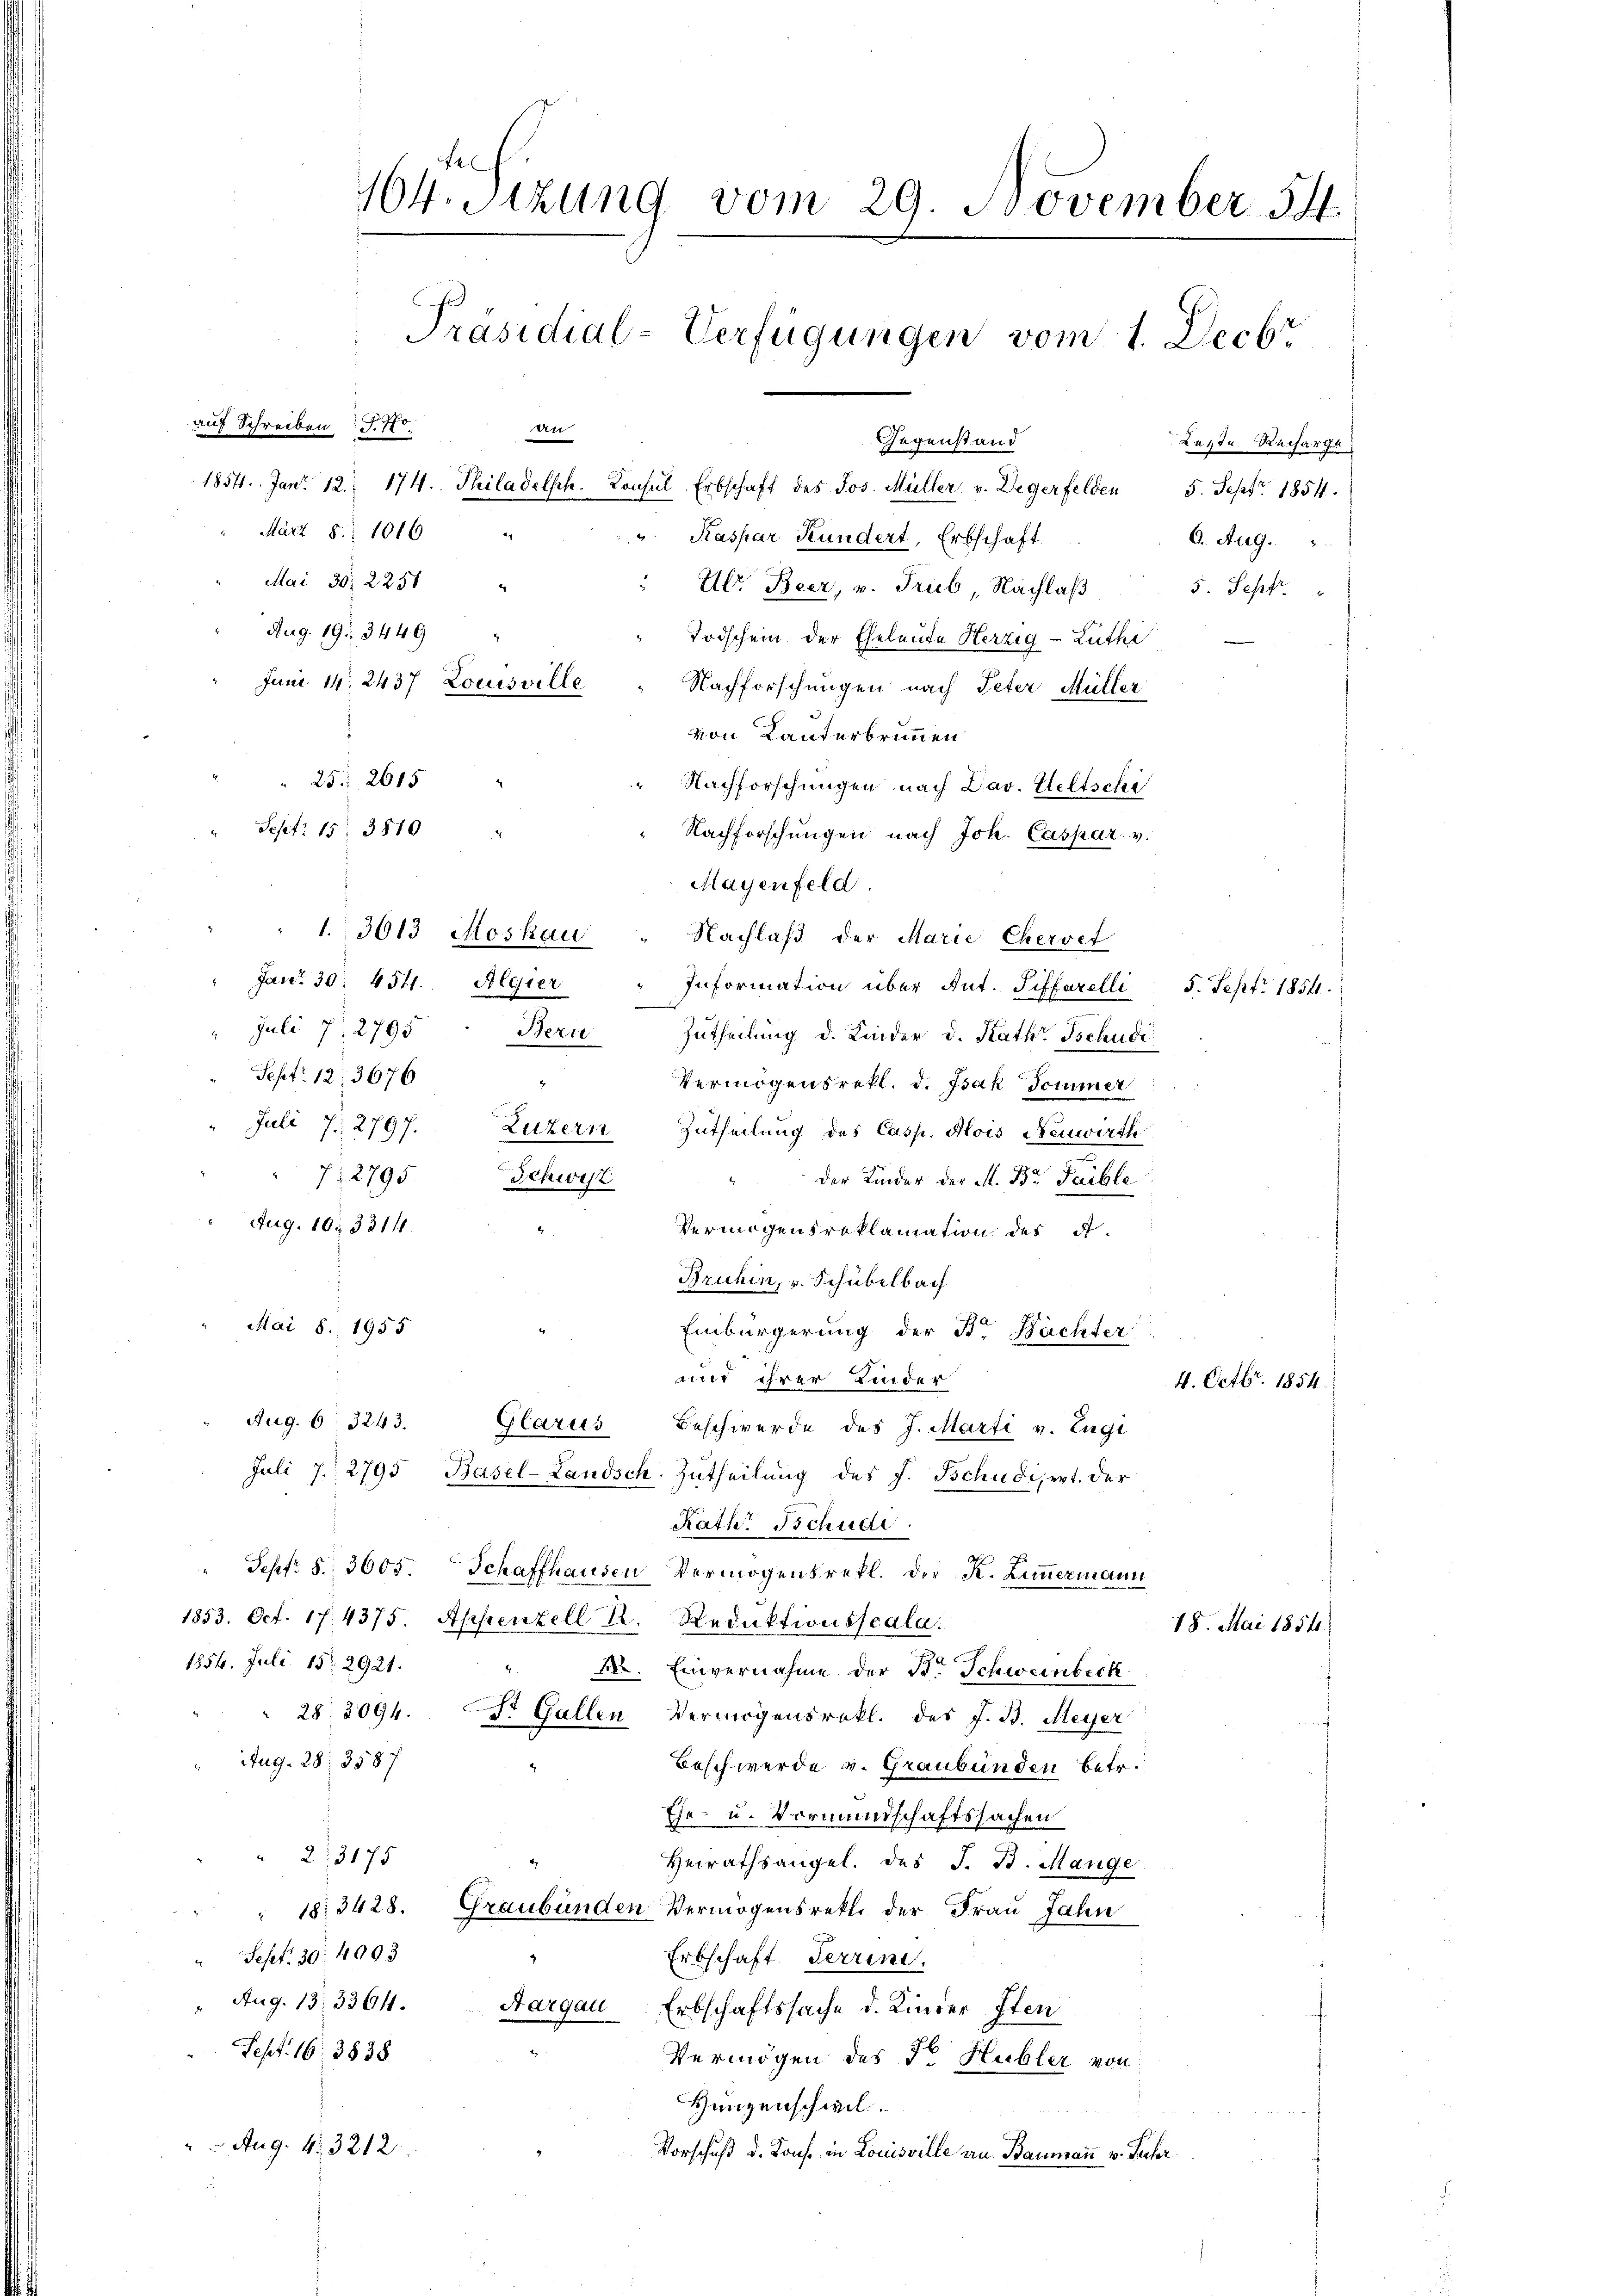
25 2615
 Nachforschungen nach Dav. Weltschi
Sept. 15. 3810
Nachforschungen nach Joh. Caspar v.
Mayenfeld.
" 1. 3613 Moskau
Nachlaß der Marie Chervet
" Janr. 30. 4511. Algier
Information über Ant. Siffarelli 5. Sept. 1854.
" Juli 7. 2795. Bern Zutheilung d. Kinder d. Kath. Tschudi
Sept. 12. 3676
Vermögensrekt. d. Jsak Sommer
Juli 7. 2797.
Luzern Zutheilung des Casp. Alois Neuwirth
7: 2795.
Schwist
" der Kinder der M. Br. Taible
 Aug. 10. 38111.
Vermigensreklamation des A
Bruhen, v. Schubelbach
Mai 8. 1955
Einbürgerung der B. Nachter
mit ihrer Kinder
Aug. 6. 3243.
Glarus Beschwerde des J. Marti v. Engi
Juli 7. 2795 Basel-Landsch. Zutheilung des J. Tschudi, rot. der
Rath Tschudi
" Sept. S. 3605. Schaffhausen Vermögensrekl. der K. Zimmermann
1853. Oct. 174375. Appenzell A. Reduktionsscala.
1854. Juli 15. 2921.
. Einvernahme der B. Schweinbeck
" 28. 3094. Dr. Gallen Vermögensrokl. des J. B. Meyer
Aug. 28. 3587
Beschwerde v. Graubünden betr.
Ehe- u. Vormundschaftssachen
“ 2. 3175
Heirathsangel. des J. B. Mange
183428. Graubünden Vermögensrette der Frau Jahn
Sept. 30: 4003
Erbschaft Terrini.
Aug. 13. 3301.
Aargau, Erbschaftssache d. Kinder Iten
Sept. 16. 3838
Vermögen des Dr. Hubler von
Hungenschwil
Aug. 4. 3212
Vorschuß d. Konst in Louisville an Baumann v. Feber

14. Sitzung vom 29. November 144.
Präsidial-Verfügungen vom 1. Decbr
auf Schreiben J. H.
an
Gegenstand
Lezte Recharge
1854. Jan. 12. 174. Philadelsch. Konsul Erbschaft des Jos. Müller v. Degerfelden 5. Sept. 1854.
März 8. 1016
.
" Kaspar Kundert, Erbschaft
O. Aug.
Mai 36. 2251
" Ulr. Beer, u. Trub, Nachlaβ 5. Sept.
Aug. 19. 3449
Todschein der Eheleute Herzig Luthe
Juni 14. 2437 Louisville
Nachforschungen nach Peter Müller
von Lauterbrunnen

4. Octbr. 1854

18. Mai 1854.